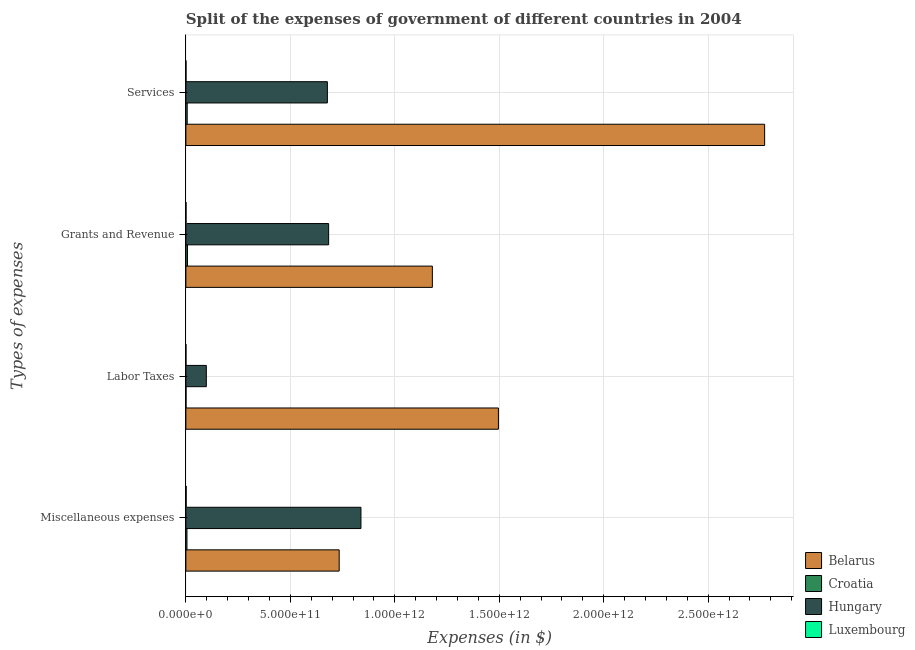
| Types of expenses | Belarus | Croatia | Hungary | Luxembourg |
 | --- | --- | --- | --- | --- |
 | Miscellaneous expenses | 7.34e+11 | 5.23e+09 | 8.38e+11 | 1.39e+09 |
 | Labor Taxes | 1.5e+12 | 6.97e+08 | 9.79e+10 | 3.72e+08 |
 | Grants and Revenue | 1.18e+12 | 7.71e+09 | 6.83e+11 | 7.38e+08 |
 | Services | 2.77e+12 | 6.33e+09 | 6.77e+11 | 6.2e+08 |